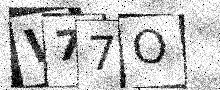
Text: W77O